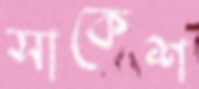
সাকেশ